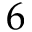
6